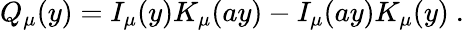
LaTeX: Q_{\mu}(y)=I_{\mu}(y)K_{\mu}(ay)-I_{\mu}(ay)K_{\mu}(y)~.